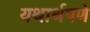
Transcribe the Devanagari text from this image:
यथार्थपणे